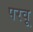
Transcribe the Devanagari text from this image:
परवू